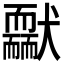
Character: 𦓢